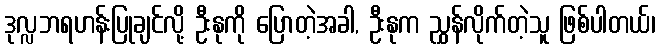
ဒုလ္လဘရဟန်းပြုချင်လို့ ဦးနုကို ပြောတဲ့အခါ, ဦးနုက ညွှန်လိုက်တဲ့သူ ဖြစ်ပါတယ်၊